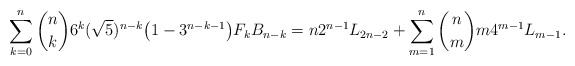
\begin{align*} \sum_{k=0}^{n} {n\choose k} 6^k (\sqrt{5})^{n-k} \big ( {1-3^{n-k-1}}\big )F_{k} B_{n-k}= n 2^{n-1} L_{2n-2} + \sum_{m=1}^{n} {n\choose m} m4^{m-1} L_{m-1}.\end{align*}